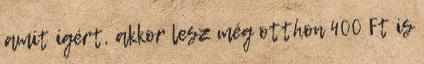
amit ígért, akkor lesz még otthon 400 Ft is